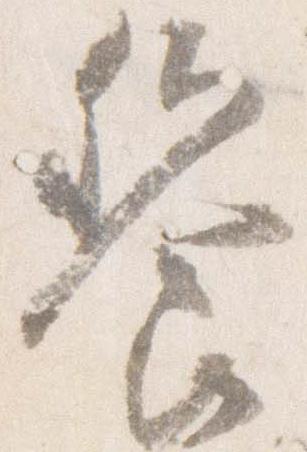
饗